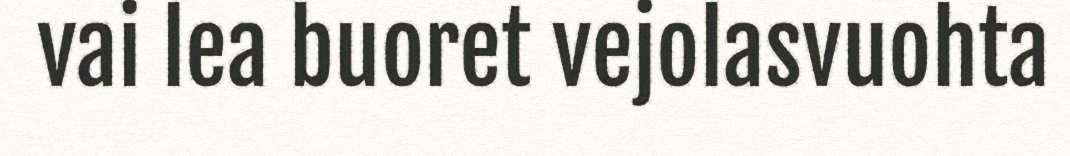
vai lea buoret vejolasvuohta